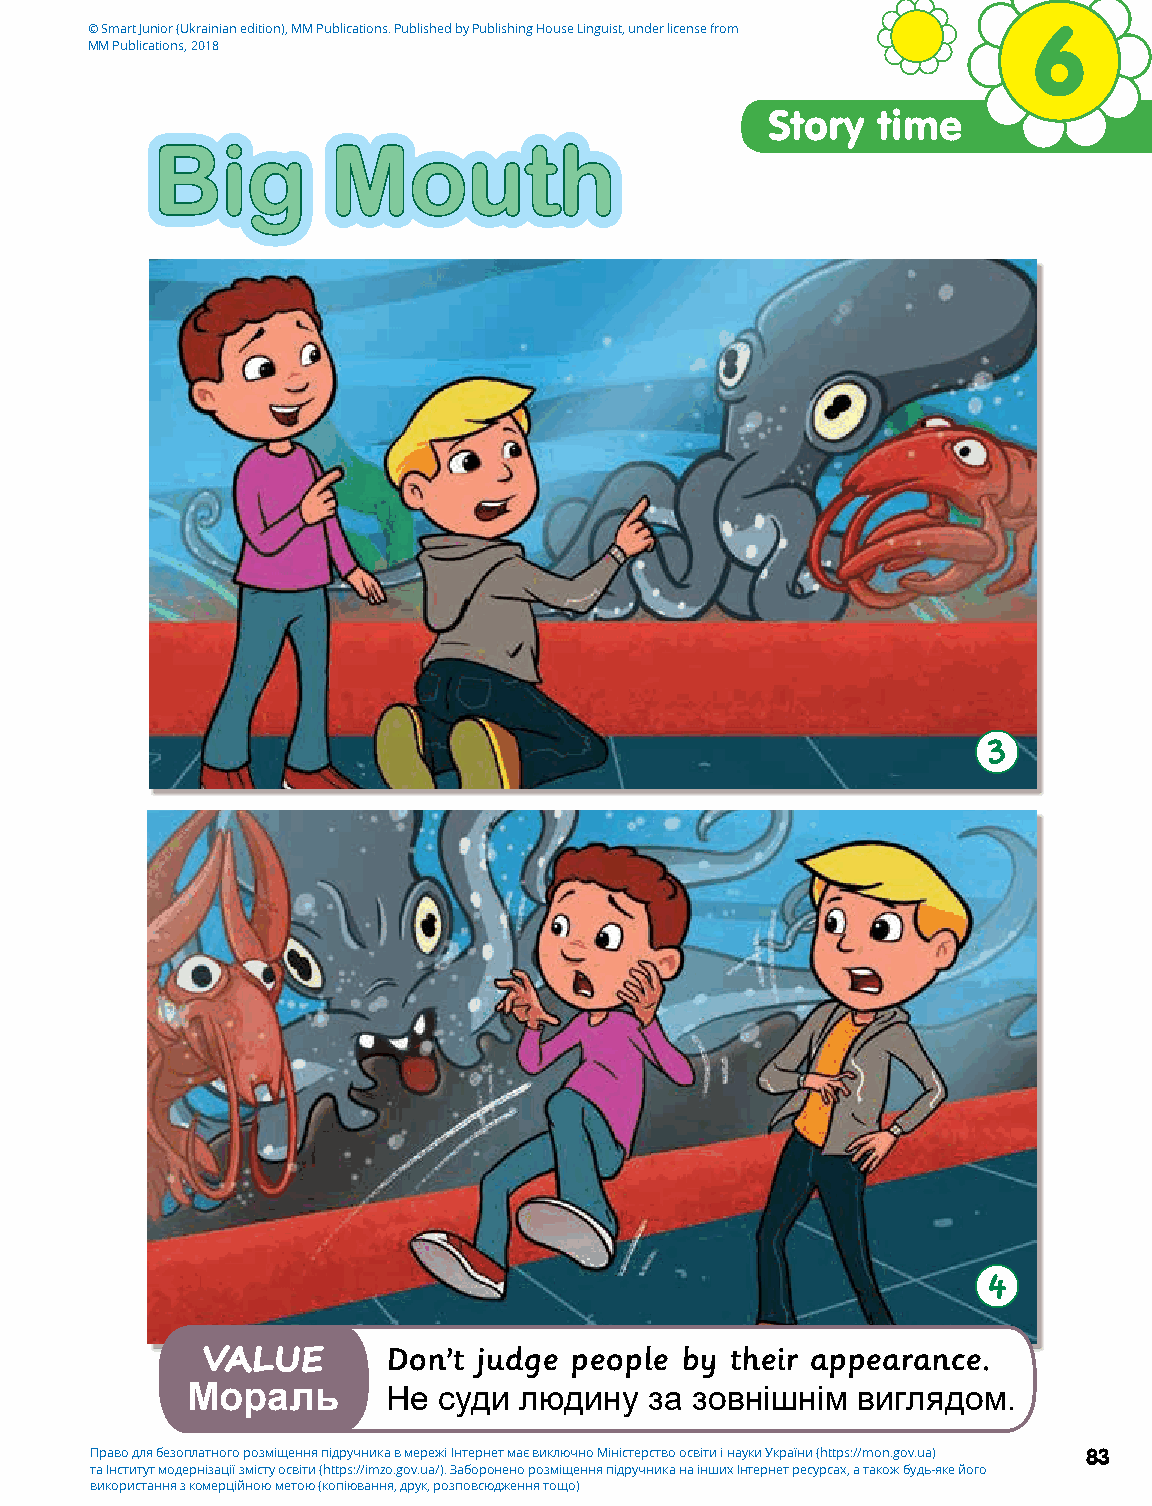
© Smart Junior (Ukrainian edition), MM Publications. Published by Publishing House Linguist, under license from 6
 MM Publications, 2018
 Story  time
 Big         Mouth
 3
 4
 Don’t judge people by their appearance.
 VALUE
 Мораль        Не суди людину   за зовнішнім  виглядом.
 Право для безоплатного розміщення підручника в мережі Інтернет має виключно Міністерство освіти і науки України (https://mon.gov.ua) 83
 та Інститут модернізації змісту освіти (https://imzo.gov.ua/). Заборонено розміщення підручника на інших Інтернет ресурсах, а також будь-яке його
 використання з комерційною метою (копіювання, друк, розповсюдження тощо)